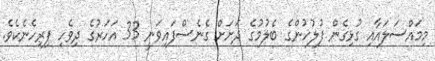
މިމައްސަލައާއި ގުޅިގެން ފުލުހުންގެ ބެލުމުގެ ދަށަށް ގެނެސްފައިވަނީ 33 އަހަރުގެ ދިވެހި ފިރިހެނެކެވެ.